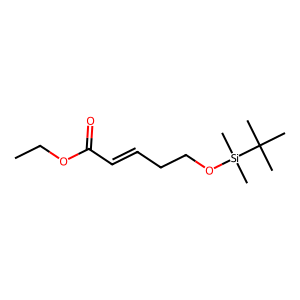
SMILES: CCOC(=O)C=CCCO[Si](C)(C)C(C)(C)C
Inhibits HIV replication: No